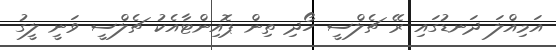
އަމިއްލަ ދަނޑުގައި ރޭ ޗެލްސީ ހޯދި ތިން ޕޮއިންޓާއެކު ޗެލްސީ ވަނީ ލީގު